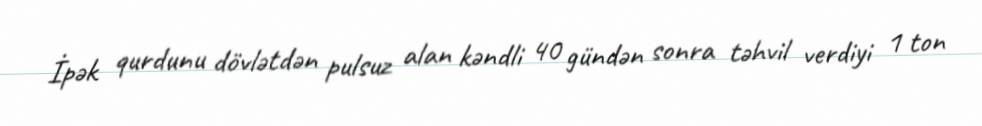
İpək qurdunu dövlətdən pulsuz alan kəndli 40 gündən sonra təhvil verdiyi 1 ton